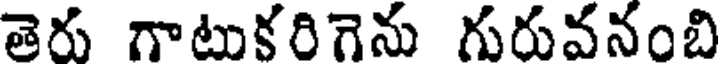
తెరు గాటుకరిగెను గురువనంబి